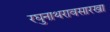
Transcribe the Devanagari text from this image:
रघुनाथरावसारखा